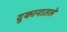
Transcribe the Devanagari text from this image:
दुकानातले